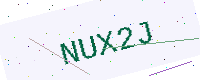
Text: NUX2J